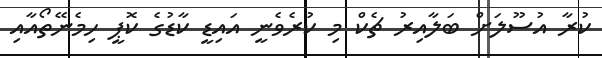
ކުރާ އުސޫލަށް ބަލާއިރު ޗެކް މި ކުރެވެނީ އައިޑީ ކާޑުގެ ކޮޕީ ހިމެނޭތޯއާއި